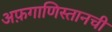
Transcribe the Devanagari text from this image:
अफ़गाणिस्तानची